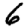
Digit: 6